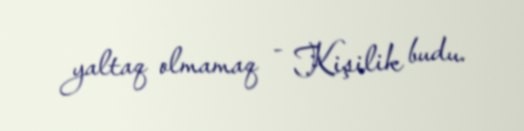
yaltaq olmamaq - Kişilik budu.